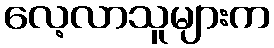
လေ့လာသူများက